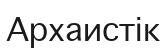
Архаистік